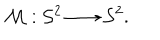
{ \cal { M } } : { \cal { S } } ^ { 2 } \longrightarrow { \cal S } ^ { 2 } .